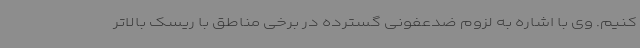
کنیم. وی با اشاره به لزوم ضدعفونی گسترده در برخی مناطق با ریسک بالاتر